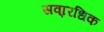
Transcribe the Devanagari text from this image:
सवा्रधिक